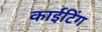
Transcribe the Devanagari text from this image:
काईटिंग